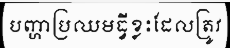
បញ្ហាប្រឈមធ្វីខ្លះដែលត្រូវ